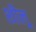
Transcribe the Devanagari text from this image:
शीलू